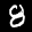
Label: 8